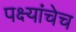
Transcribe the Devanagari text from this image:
पक्ष्यांचेच